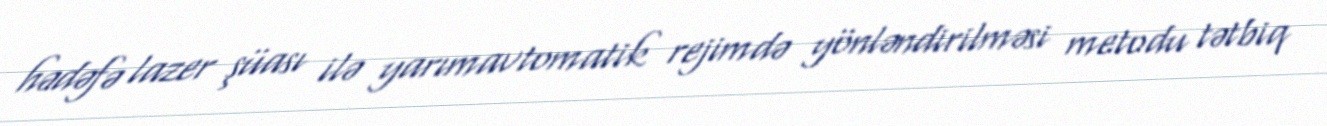
hədəfə lazer şüası ilə yarımavtomatik rejimdə yönləndirilməsi metodu tətbiq